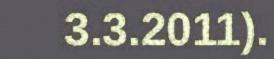
3.3.2011).